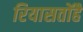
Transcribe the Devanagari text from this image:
रियासतोंहै